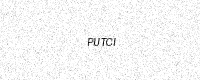
Text: PUTCI